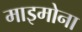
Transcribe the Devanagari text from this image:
माइमोना